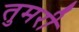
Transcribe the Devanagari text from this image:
तुमरी